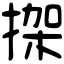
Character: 𢱌